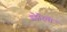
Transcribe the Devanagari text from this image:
गडेरियों